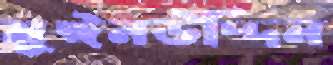
মুঈনউদ্দিন